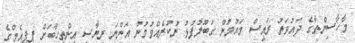
މާހާސިންތާގެ ދައުވަތު ރައީސް މައުމުން ގަބޫލުފުޅު ނުކުރެއްވުމުން އަންނަ ރިޔާސީ އިންތިހާބަށް ޕީޕީއެމްގެ